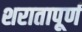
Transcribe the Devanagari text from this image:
शरातापूर्ण